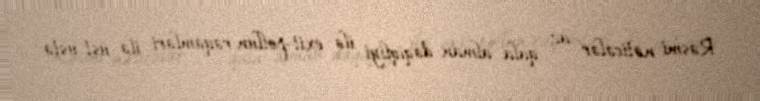
Rəsmi nəticələr az qala alman dəqiqliyi ilə exit-pollun rəqəmləri ilə üst-üstə